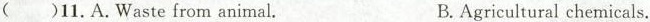
（）11.A.Waste from animal. B.Agricultural chemicals.